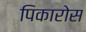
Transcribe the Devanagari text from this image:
पिकारोस